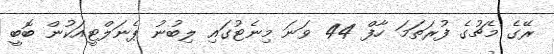
ރޭގެ މެޗުގެ ފުރަތަމަ ހާފް 44 ވަނަ މިނެޓުގައި ލިބުނު ޕެނަލްޓީއަކުން ބޮބީ